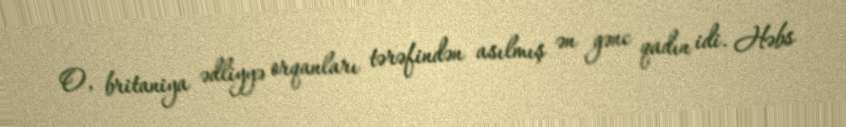
O, britaniya ədliyyə orqanları tərəfindən asılmış ən gənc qadın idi. Həbs